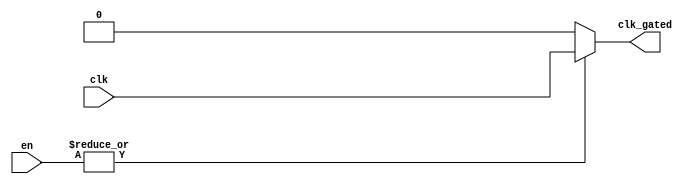
module clock_gating (
    input wire clk,               // Primary clock signal
    input wire [N-1:0] en,       // Enable signals (N enable signals)
    output wire clk_gated        // Gated clock signal
);

    parameter N = 4; // Number of enable signals, can be adjusted as needed

    // Internal signal to hold the ORed enable signals
    wire enable_or;

    // OR gate to combine enable signals
    assign enable_or = |en; // Bitwise OR operation on enable signals

    // Gated clock logic
    assign clk_gated = enable_or ? clk : 1'b0; // Pass through clk if enable_or is high, else output 0

endmodule